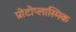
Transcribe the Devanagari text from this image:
प्रोटोप्लास्मिक